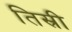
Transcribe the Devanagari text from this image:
तिस्री